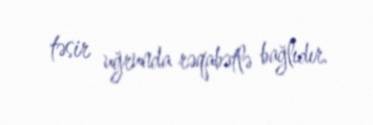
təsir uğrunda rəqabətlə bağlıdır.